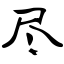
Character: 尽